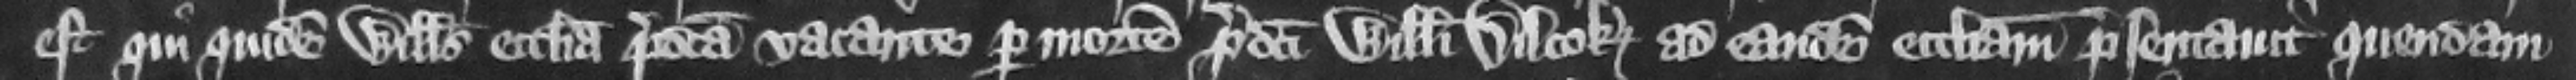
est qui quidem Willelmus ecclesia predicta vacante per morte predicti Willelmi Dilcok ad eandem ecclesiam presentauit quondam